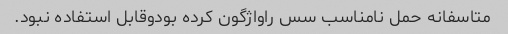
متاسفانه حمل نامناسب سس راواژگون کرده بودوقابل استفاده نبود.